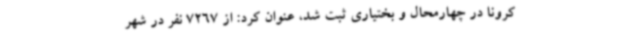
کرونا در چهارمحال و بختیاری ثبت شد، عنوان کرد: از 7267 نفر در شهر